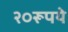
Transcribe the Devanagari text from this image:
२०रूपये